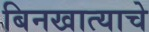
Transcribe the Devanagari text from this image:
बिनखात्याचे